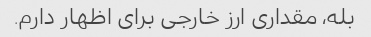
بله، مقداری ارز خارجی برای اظهار دارم.